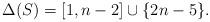
LaTeX: \begin{align*}\Delta(S) = [1,n-2] \cup \{2n-5\}.\end{align*}